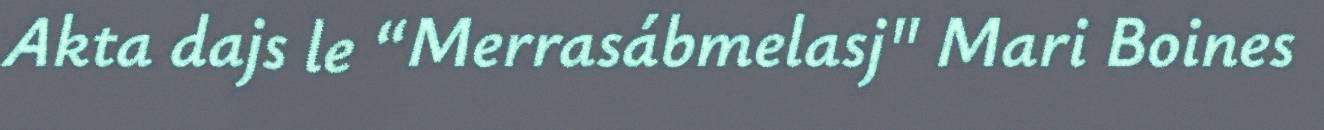
Akta dajs le “Merrasábmelasj" Mari Boines